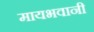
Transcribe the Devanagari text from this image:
मायभवानी